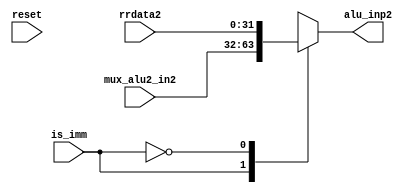
module mux_alu2 ( input [31:0] mux_alu2_in2,
        input [31:0] rrdata2,
        input reset,
        input is_imm,
        output [31:0] alu_inp2
       );

 
    //Mux_alu2-deciding between imm val or read2-regfile
    //Note- mux_alu2_in1 - from regfile read2
    //      mux_alu2_in2 - from immediate val
    
    //Output - alu_input 2
    reg [31:0] alu_inp2;

    always @(*) begin
        case(is_imm)
            1'b1: alu_inp2 = mux_alu2_in2; 
            1'b0: alu_inp2 = rrdata2;
            
        endcase
    end
    
    
endmodule